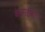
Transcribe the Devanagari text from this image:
केआईवीए